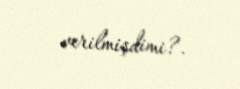
verilmişdimi?.